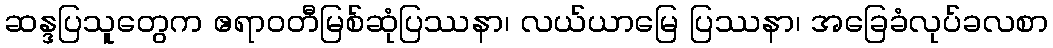
ဆန္ဒပြသူတွေက ဧရာဝတီမြစ်ဆုံပြဿနာ၊ လယ်ယာမြေ ပြဿနာ၊ အခြေခံလုပ်ခလစာ